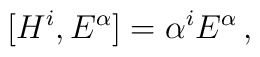
[H^{i},E^{\alpha}]=\alpha^{i}E^{\alpha}\,,